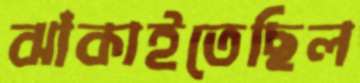
ঝাঁকাইতেছিল